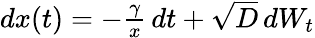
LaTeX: \begin{array}{r}{dx(t)=-\frac{\gamma}{x}\, dt+\sqrt{D}\, dW_{t}}\end{array}